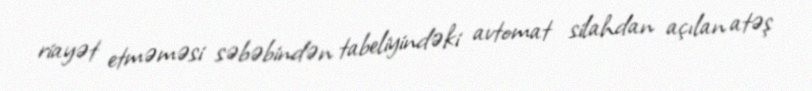
riayət etməməsi səbəbindən tabeliyindəki avtomat silahdan açılan atəş